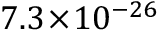
7 . 3 \! \times \! 1 0 ^ { - 2 6 }